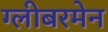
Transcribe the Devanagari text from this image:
ग्लीबरमेन